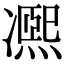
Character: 𠘕